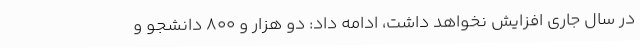
در سال جاری افزایش نخواهد داشت، ادامه داد: دو هزار و 800 دانشجو و